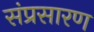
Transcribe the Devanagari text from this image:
संप्रसारण